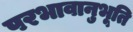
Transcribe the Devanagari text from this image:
परभावानुभूति